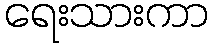
ရေးသားကာ